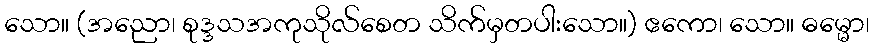
သော။ (အညော၊ စုဒ္ဒသအကုသိုလ်စေတ သိက်မှတပါးသော။) ဧကော၊ သော။ ဓမ္မော၊